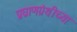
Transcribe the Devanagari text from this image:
प्रघ्राणग्रंथीच्या